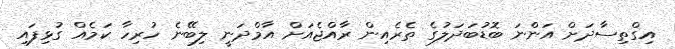
އިގްތިސާދަށް އަންނަ ބޮޑުބަދަލުގެ ތެރެއިން ރާއްޖެއަށް އާމްދަނީ ލިބޭނެ ހުރިހާ ކަމެއް ގުޅިފައި